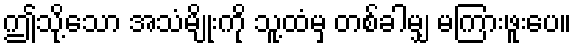
ဤသို့သော အသံမျိုးကို သူ့ထံမှ တစ်ခါမျှ မကြားဖူးပေ။